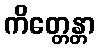
ကိတ္တေန္တာ